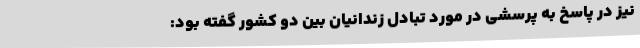
نیز در پاسخ به پرسشی در مورد تبادل زندانیان بین دو کشور گفته بود: